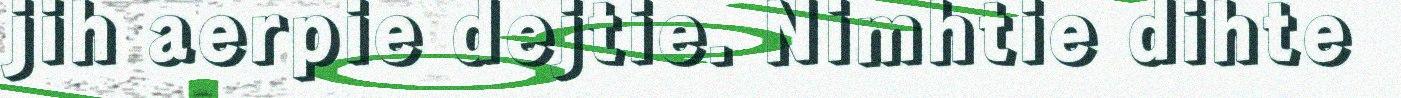
jih aerpie dejtie. Nimhtie dihte